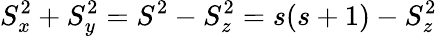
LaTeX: S_{x}^{2}+S_{y}^{2}=S^{2}-S_{z}^{2}=s(s+1)-S_{z}^{2}